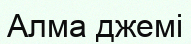
Алма джемі